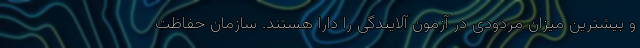
و بیشترین میزان مردودی در آزمون آلایندگی را دارا هستند. سازمان حفاظت